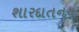
શારદાતનય